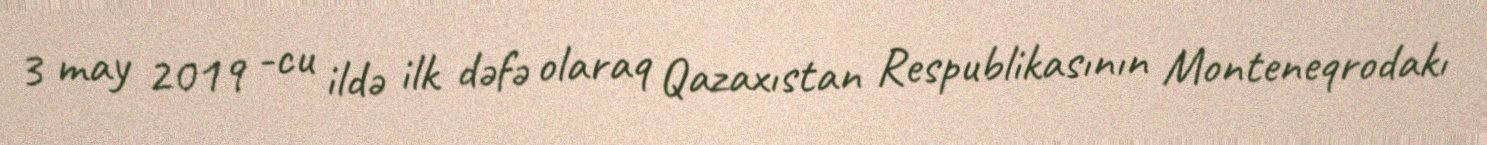
3 may 2019 -cu ildə ilk dəfə olaraq Qazaxıstan Respublikasının Monteneqrodakı